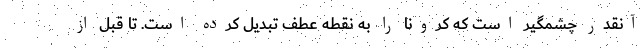
آنقدر چشمگیر است که کرونا را به نقطه عطف تبدیل کرده است. تا قبل از